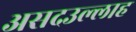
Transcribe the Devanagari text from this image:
असदउल्लाह